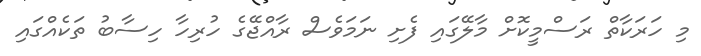
މި ހަރަކާތް ރަސްމީކޮށް މާލޭގައި ފެށި ނަމަވެސް ރާއްޖޭގެ ހުރިހާ ހިސާބު ތަކެއްގައި